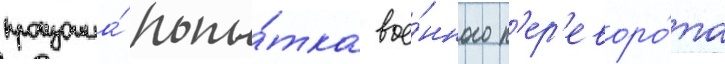
произошла́ попы́тка вое́нного п'ер'еворо́та